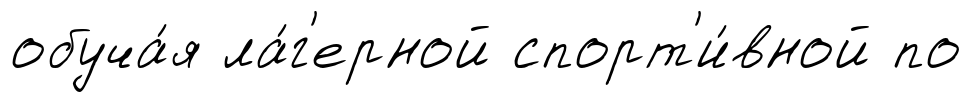
обуча́я ла́г'ерной спорт'и́вной по